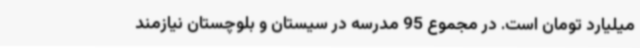
میلیارد تومان است. در مجموع 95 مدرسه در سیستان و بلوچستان نیازمند